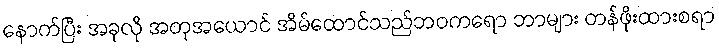
နောက်ပြီး အခုလို အတုအယောင် အိမ်ထောင်သည်ဘဝကရော ဘာများ တန်ဖိုးထားစရာ